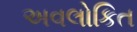
અવલોકિત